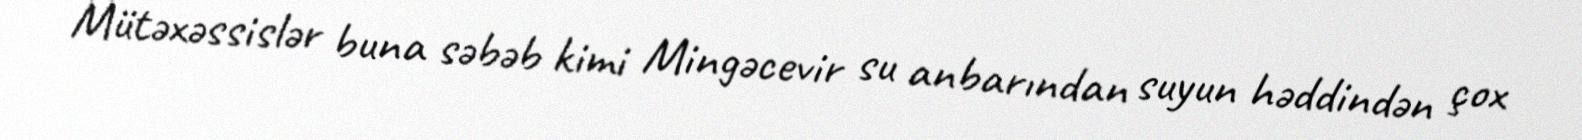
Mütəxəssislər buna səbəb kimi Mingəcevir su anbarından suyun həddindən çox